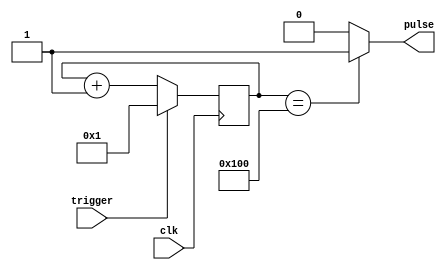
module async_pulse_generator(
    input clk,
    input trigger,
    output reg pulse
);

reg [15:0] counter;

// Synchronization and timing control logic
always @(posedge clk) begin
    if (trigger) begin
        counter <= 16'b0000000000000001;
    end else begin
        counter <= counter + 1;
    end
end

// Generate pulse when counter reaches specific value
always @* begin
    if (counter == 16'b0000000100000000) begin
        pulse <= 1;
    end else begin
        pulse <= 0;
    end
end

endmodule